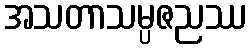
အသတာသမ္ပဇညဿ